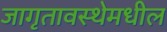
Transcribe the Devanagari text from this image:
जागृतावस्थेमधील